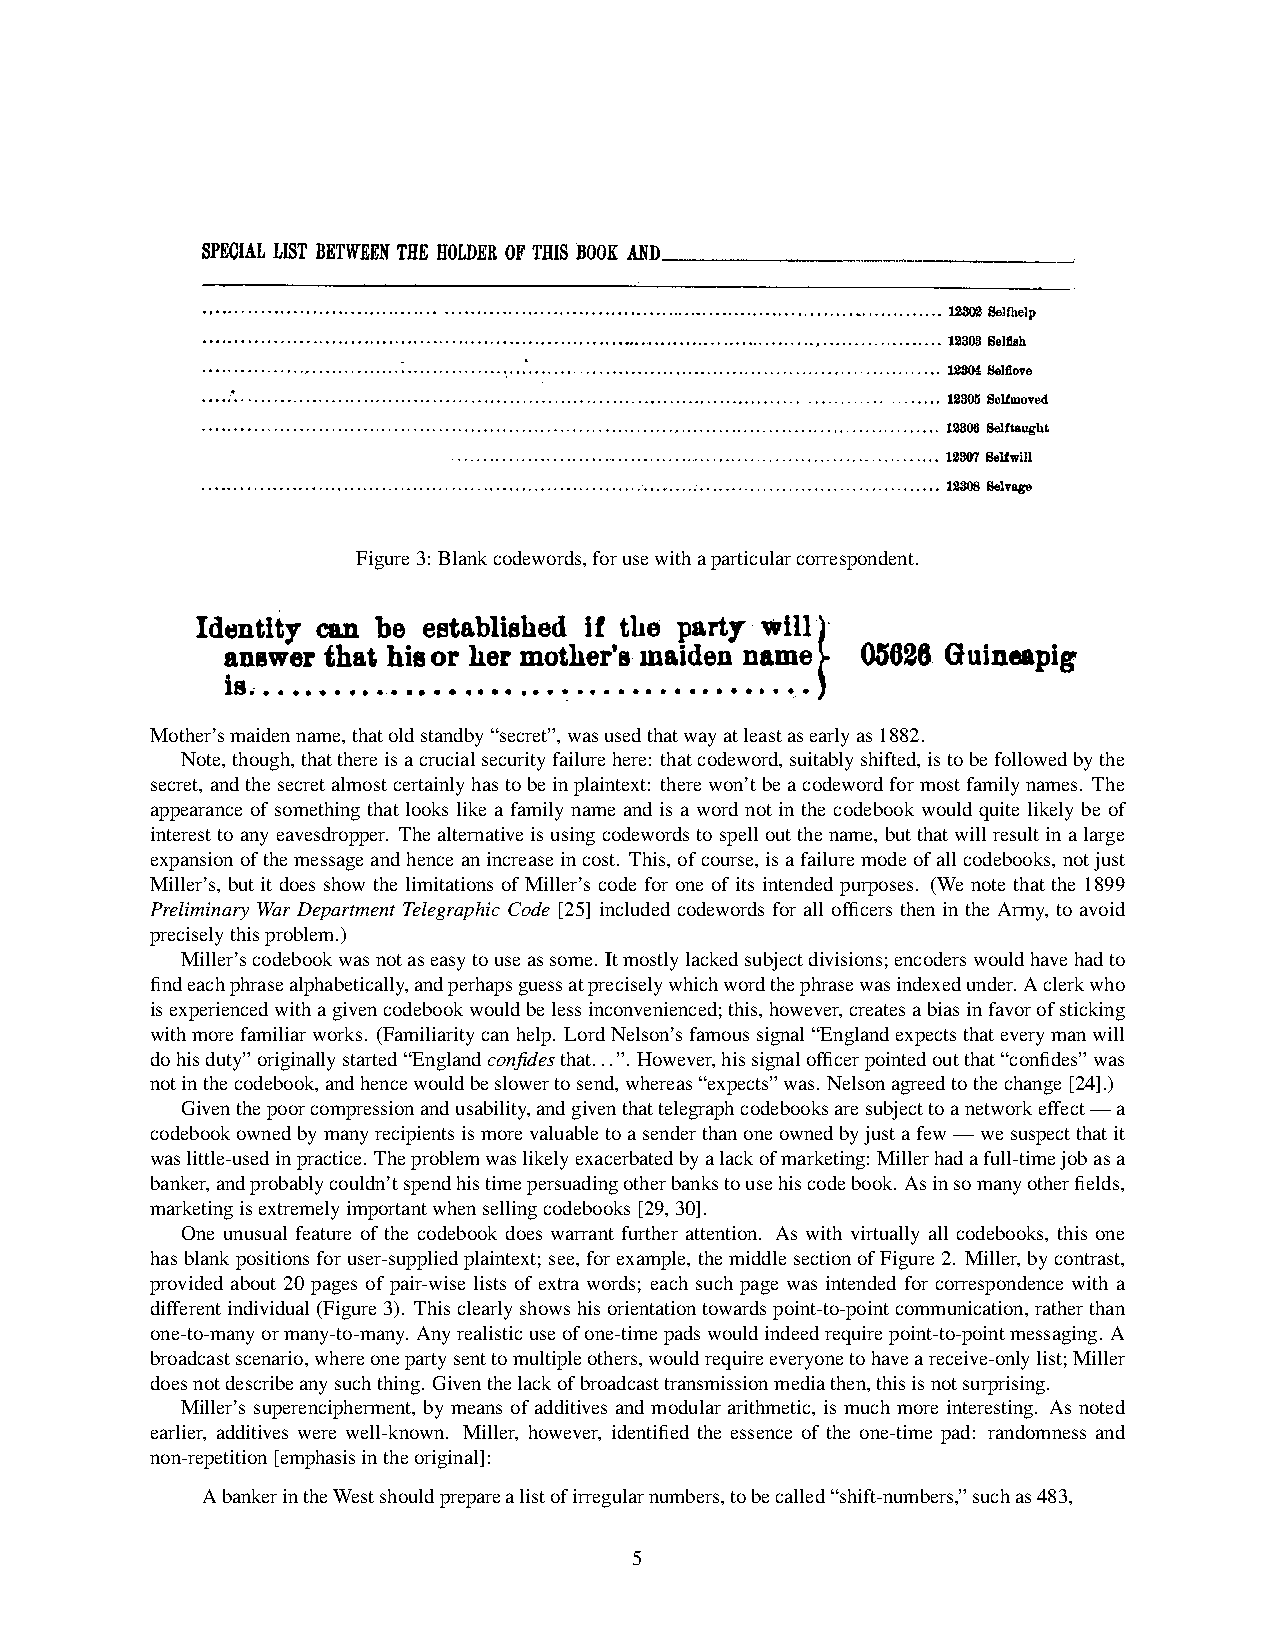
Figure3: Blankcodewords,forusewithaparticularcorrespondent.
 Mother’smaidenname,thatoldstandby“secret”,wasusedthatwayatleastasearlyas1882.
 Note,though,thatthereisacrucialsecurityfailurehere: thatcodeword,suitablyshifted,istobefollowedbythe
 secret,andthesecretalmostcertainlyhastobeinplaintext: therewon’tbeacodewordformostfamilynames. The
 appearance of something that looks like a family name and is a word not in the codebook would quite likely be of
 interesttoanyeavesdropper. Thealternativeisusingcodewordstospelloutthename, butthatwillresultinalarge
 expansionofthemessageandhenceanincreaseincost. This,ofcourse,isafailuremodeofallcodebooks,notjust
 Miller’s, but it does show the limitations of Miller’s code for one of its intended purposes. (We note that the 1899
 Preliminary War Department Telegraphic Code [25] included codewords for all officers then in the Army, to avoid
 preciselythisproblem.)
 Miller’scodebookwasnotaseasytouseassome. Itmostlylackedsubjectdivisions;encoderswouldhavehadto
 findeachphrasealphabetically,andperhapsguessatpreciselywhichwordthephrasewasindexedunder. Aclerkwho
 isexperiencedwithagivencodebookwouldbelessinconvenienced;this,however,createsabiasinfavorofsticking
 withmorefamiliarworks. (Familiaritycanhelp. LordNelson’sfamoussignal“Englandexpectsthateverymanwill
 dohisduty”originallystarted“Englandconfidesthat...”. However,hissignalofficerpointedoutthat“confides”was
 notinthecodebook,andhencewouldbeslowertosend,whereas“expects”was. Nelsonagreedtothechange[24].)
 Giventhepoorcompressionandusability,andgiventhattelegraphcodebooksaresubjecttoanetworkeffect—a
 codebookownedbymanyrecipientsismorevaluabletoasenderthanoneownedbyjustafew—wesuspectthatit
 waslittle-usedinpractice. Theproblemwaslikelyexacerbatedbyalackofmarketing: Millerhadafull-timejobasa
 banker,andprobablycouldn’tspendhistimepersuadingotherbankstousehiscodebook. Asinsomanyotherfields,
 marketingisextremelyimportantwhensellingcodebooks[29,30].
 One unusual feature of the codebook does warrant further attention. As with virtually all codebooks, this one
 hasblankpositionsforuser-suppliedplaintext; see,forexample,themiddlesectionofFigure2. Miller,bycontrast,
 provided about 20 pages of pair-wise lists of extra words; each such page was intended for correspondence with a
 differentindividual(Figure3). Thisclearlyshowshisorientationtowardspoint-to-pointcommunication,ratherthan
 one-to-manyormany-to-many. Anyrealisticuseofone-timepadswouldindeedrequirepoint-to-pointmessaging. A
 broadcastscenario,whereonepartysenttomultipleothers,wouldrequireeveryonetohaveareceive-onlylist;Miller
 doesnotdescribeanysuchthing. Giventhelackofbroadcasttransmissionmediathen,thisisnotsurprising.
 Miller’s superencipherment, by means of additives and modular arithmetic, is much more interesting. As noted
 earlier, additives were well-known. Miller, however, identified the essence of the one-time pad: randomness and
 non-repetition[emphasisintheoriginal]:
 AbankerintheWestshouldpreparealistofirregularnumbers,tobecalled“shift-numbers,”suchas483,
 5